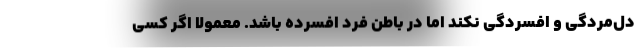
دل‌مردگی و افسردگی نکند اما در باطن فرد افسرده باشد. معمولاً اگر کسی